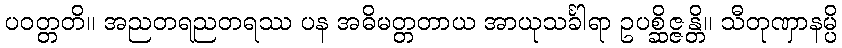
ပဝတ္တတိ။ အညတရညတရဿ ပန အဓိမတ္တတာယ အာယုသင်္ခါရာ ဥပစ္ဆိဇ္ဇန္တိ။ သီတုဏှာနမ္ပိ